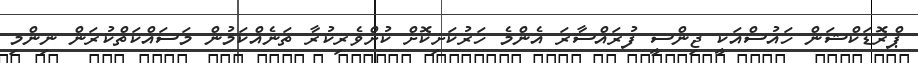
ޕްރޮޑަކްޝަން ހައުސްއަކީ ޖިންސީ ފުރައްސާރަ އެންމެ ހަރުކަށިކޮށް ކުށްވެރިކުރާ ތަނެއްކަމުން މަސައްކަތްކުރަން ނިންމި